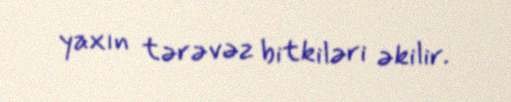
yaxın tərəvəz bitkiləri əkilir.